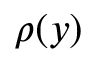
\rho ( y )